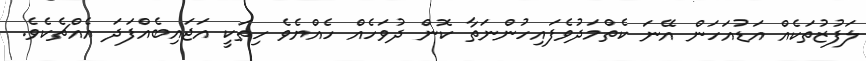
ލަފުޒުތަކެއް އަޑުއަހަން އޭނަ ކެތްމަދުވެފައިހުންނަތާ ކޮން ދުވަހެއް ހެއްޔެވެ ހިތަކީ އަޖައިބެއްފަދަ އެއްޗެކެވެ.